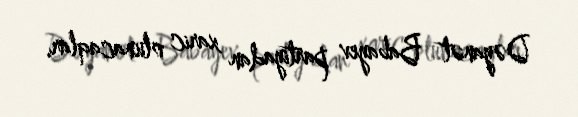
Dəyanət Babayev partiyadan xaric olunacaqlar.